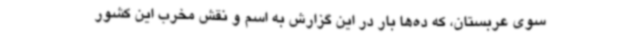
سوی عربستان، که ده‌ها بار در این گزارش به اسم و نقش مخرب این کشور